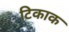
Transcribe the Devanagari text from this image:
टिकाक